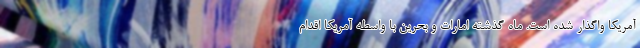
آمریکا واگذار شده است. ماه گذشته امارات و بحرین با واسطه آمریکا اقدام